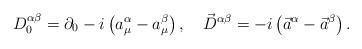
LaTeX: \begin{align*}D_0^{\alpha\beta}=\partial_0-i\left(a^\alpha_\mu-a^\beta_\mu\right),~~~ \vec D^{\alpha\beta}=-i\left(\vec a^\alpha-\vec a^\beta\right).\end{align*}